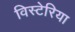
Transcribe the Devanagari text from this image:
विस्टेरिया